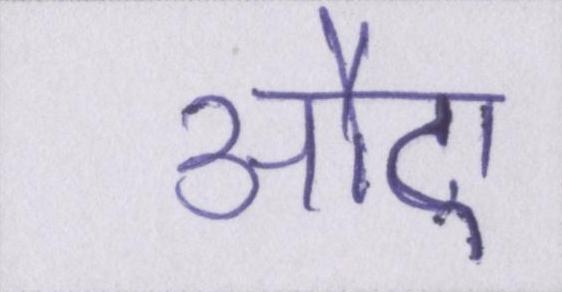
औए